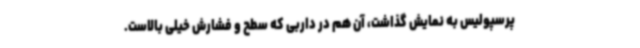
پرسپولیس به نمایش گذاشت، آن هم در داربی که سطح و فشارش خیلی بالاست.